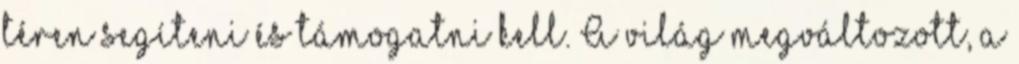
téren segíteni és támogatni kell. A világ megváltozott, a